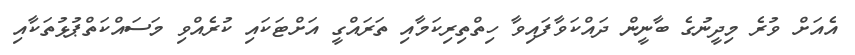
އެއަށް ވުރެ މިދީނުގެ ބާނީން ދައްކަވާފައިވާ ހިތްތިރިކަމާއި ތަރައްގީ އަށްޓަކައި ކުރެއްވި މަސައްކަތްޕުޅުތަކާއި